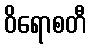
ဝိရောစတီ